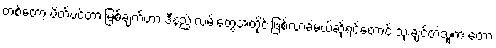
တစ်တော့ ပိတ်ပင်တားမြစ်ချက်ဟာ ဒီနည်းလမ်းတွေအတိုင်းဖြစ်လာခဲ့မယ်ဆိုရင်တောင် သုံးချင်တဲ့သူက တော့